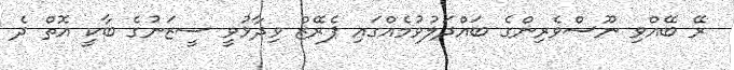
ރޭ ބޭއްވި ނޫސްވެރިންގެ ބައްދަލުވުމެއްގައި ޕެރޭޒް ވިދާޅުވީ ސީޒަނުގެ ބާކީ އޮތް ދެ